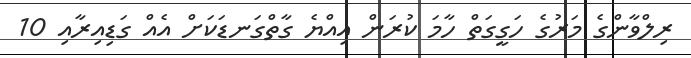
ރިލްވާންގެ މަރުގެ ހަގީގަތް ހާމަ ކުރަން އިއްޔެ ގާތްގަނޑަކަށް އެއް ގަޑިއިރާއި 10